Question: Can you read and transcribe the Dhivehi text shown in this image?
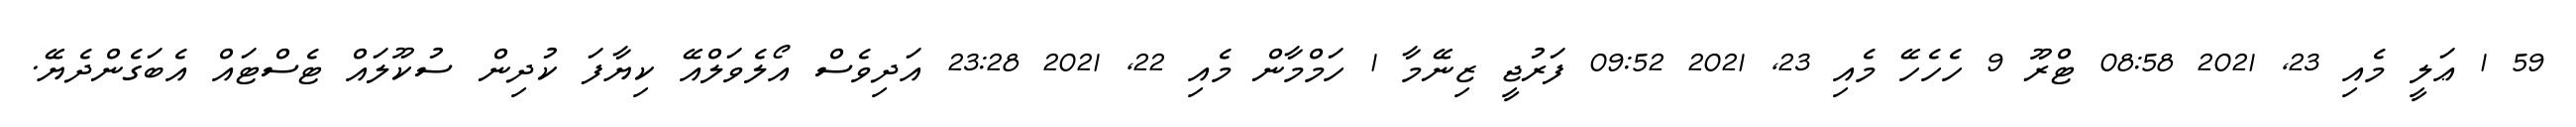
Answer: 59 1 ޢަލީ މެއި 23, 2021 08:58 ޓްރޫ 9 ހެހެހޭ މެއި 23, 2021 09:52 ފަރުޖީ ޒިނޭމާ 1 ހަމްމާން މެއި 22, 2021 23:28 އަދިވެސް އޯލެވަލްއޭ ކިޔާފަ ކުދިން ސުކޫލައް ޓެސްޓައް އެބަގެންދެޔޭ.